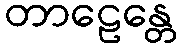
တာဠေန္တေ